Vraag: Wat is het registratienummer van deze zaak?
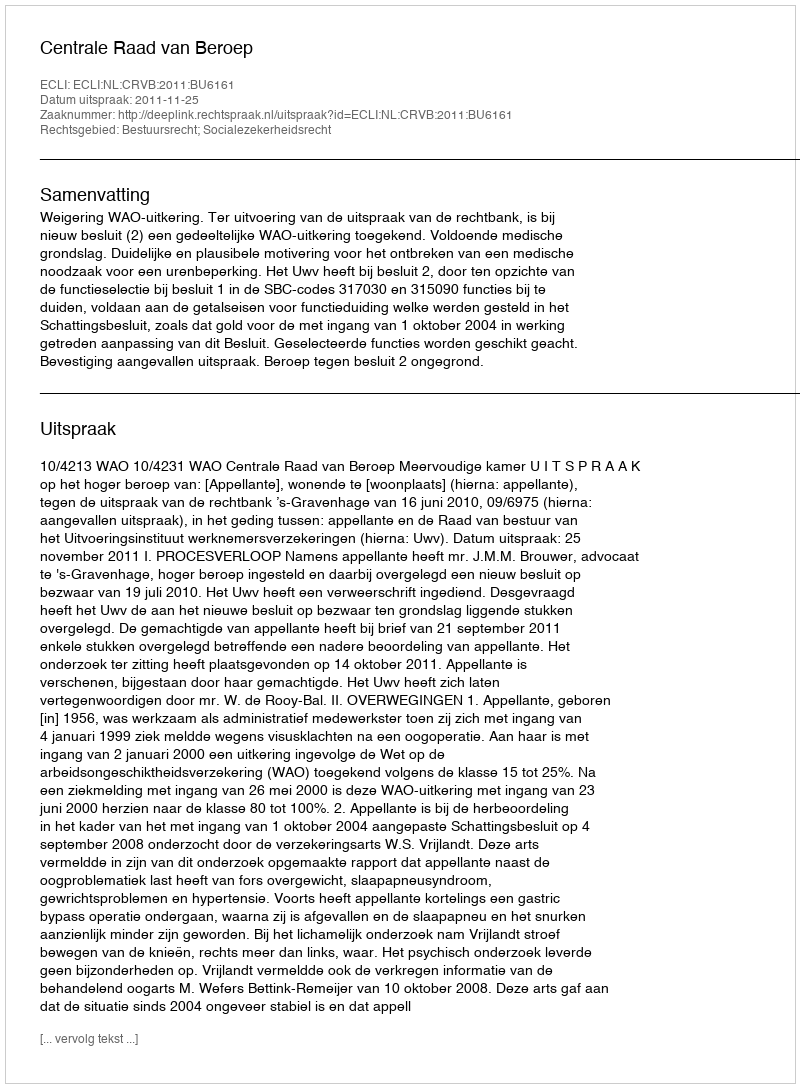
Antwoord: http://deeplink.rechtspraak.nl/uitspraak?id=ECLI:NL:CRVB:2011:BU6161